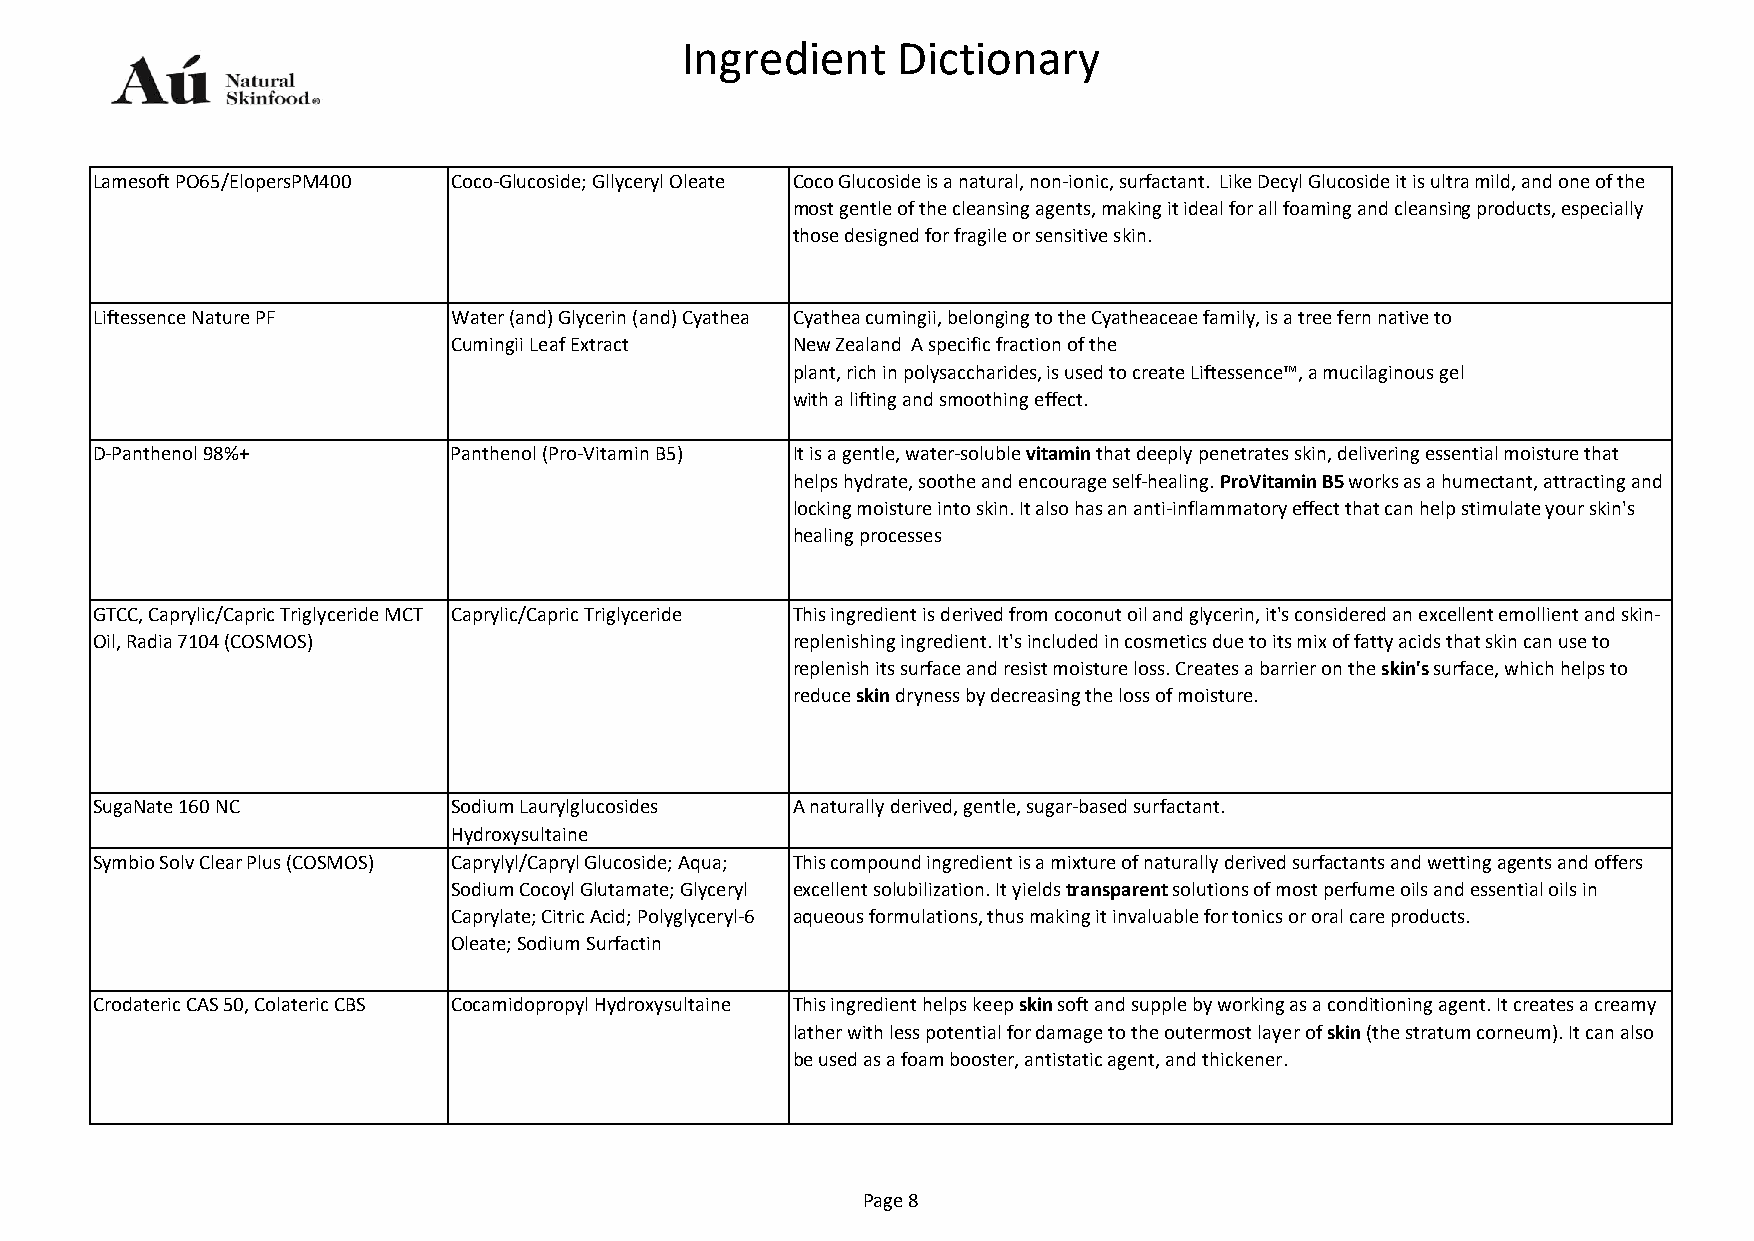
Ingredient    Dictionary
 Lamesoft PO65/ElopersPM400 Coco-Glucoside; Gllyceryl Oleate Coco Glucoside is a natural, non-ionic, surfactant. Like Decyl Glucoside it is ultra mild, and one of the
 most gentle of the cleansing agents, making it ideal for all foaming and cleansing products, especially
 those designed for fragile or sensitive skin.
 Liftessence Nature PF   Water (and) Glycerin (and) Cyathea Cyathea cumingii, belonging to the Cyatheaceae family, is a tree fern native to
 Cumingii Leaf Extract New Zealand A specific fraction of the
 plant, rich in polysaccharides, is used to create Liftessence™, a mucilaginous gel
 with a lifting and smoothing effect.
 D-Panthenol 98%+        Panthenol (Pro-Vitamin B5) It is a gentle, water-soluble vitamin that deeply penetrates skin, delivering essential moisture that
 helps hydrate, soothe and encourage self-healing. ProVitamin B5 works as a humectant, attracting and
 locking moisture into skin. It also has an anti-inflammatory effect that can help stimulate your skin's
 healing processes
 GTCC, Caprylic/Capric Triglyceride MCT Caprylic/Capric Triglyceride This ingredient is derived from coconut oil and glycerin, it's considered an excellent emollient and skin-
 Oil, Radia 7104 (COSMOS)                      replenishing ingredient. It's included in cosmetics due to its mix of fatty acids that skin can use to
 replenish its surface and resist moisture loss. Creates a barrier on the skin's surface, which helps to
 reduce skin dryness by decreasing the loss of moisture.
 SugaNate 160 NC         Sodium Laurylglucosides A naturally derived, gentle, sugar-based surfactant.
 Hydroxysultaine
 Symbio Solv Clear Plus (COSMOS) Caprylyl/Capryl Glucoside; Aqua; This compound ingredient is a mixture of naturally derived surfactants and wetting agents and offers
 Sodium Cocoyl Glutamate; Glyceryl excellent solubilization. It yields transparent solutions of most perfume oils and essential oils in
 Caprylate; Citric Acid; Polyglyceryl-6 aqueous formulations, thus making it invaluable for tonics or oral care products.
 Oleate; Sodium Surfactin
 Crodateric CAS 50, Colateric CBS Cocamidopropyl Hydroxysultaine This ingredient helps keep skin soft and supple by working as a conditioning agent. It creates a creamy
 lather with less potential for damage to the outermost layer of skin (the stratum corneum). It can also
 be used as a foam booster, antistatic agent, and thickener.
 Page 8